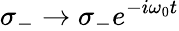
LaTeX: \sigma_{-}\rightarrow\sigma_{-}e^{-i\omega_{0}t}